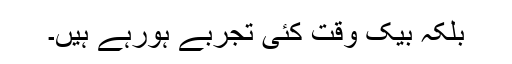
بلکہ بیک وقت کئی تجربے ہورہے ہیں۔